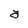
Character: a